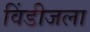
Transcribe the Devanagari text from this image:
विंडीजला